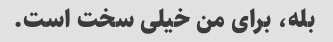
بله، برای من خیلی سخت است.